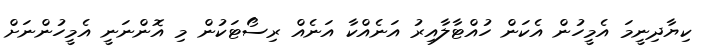
ކިޔާދިނީމަ އެމީހުން އެކަން ހުއްޓާލާއިރު އަނެއްކާ އަނެއް ރިސޯޓަކުން މި އޮންނަނީ އެމީހުންނަށް